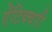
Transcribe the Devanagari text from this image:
ऐंटिक्वरी